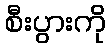
စီးပွားကို